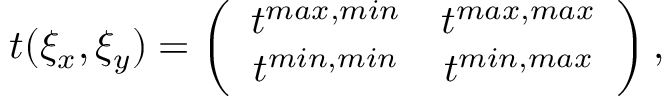
t ( \xi _ { x } , \xi _ { y } ) = \left( \begin{array} { c c } { t ^ { m a x , m i n } } & { t ^ { m a x , m a x } } \\ { t ^ { m i n , m i n } } & { t ^ { m i n , m a x } } \end{array} \right) ,